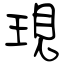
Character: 現